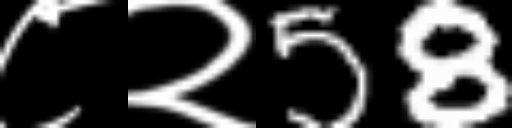
Text: ८२58